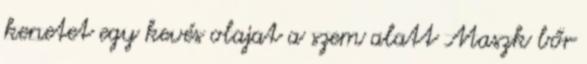
kenetet egy kevés olajat a szem alatt Maszk bőr